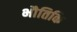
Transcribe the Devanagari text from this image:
भौतिकि